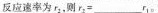
反应速率为 r _ { 2 }；则 $$r _ { 2 } =___ r _ { 1 }$$。